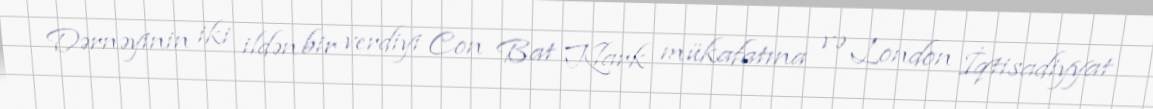
Dərnəyinin iki ildən bir verdiyi Con Bat Klark mükafatına və London İqtisadiyyat